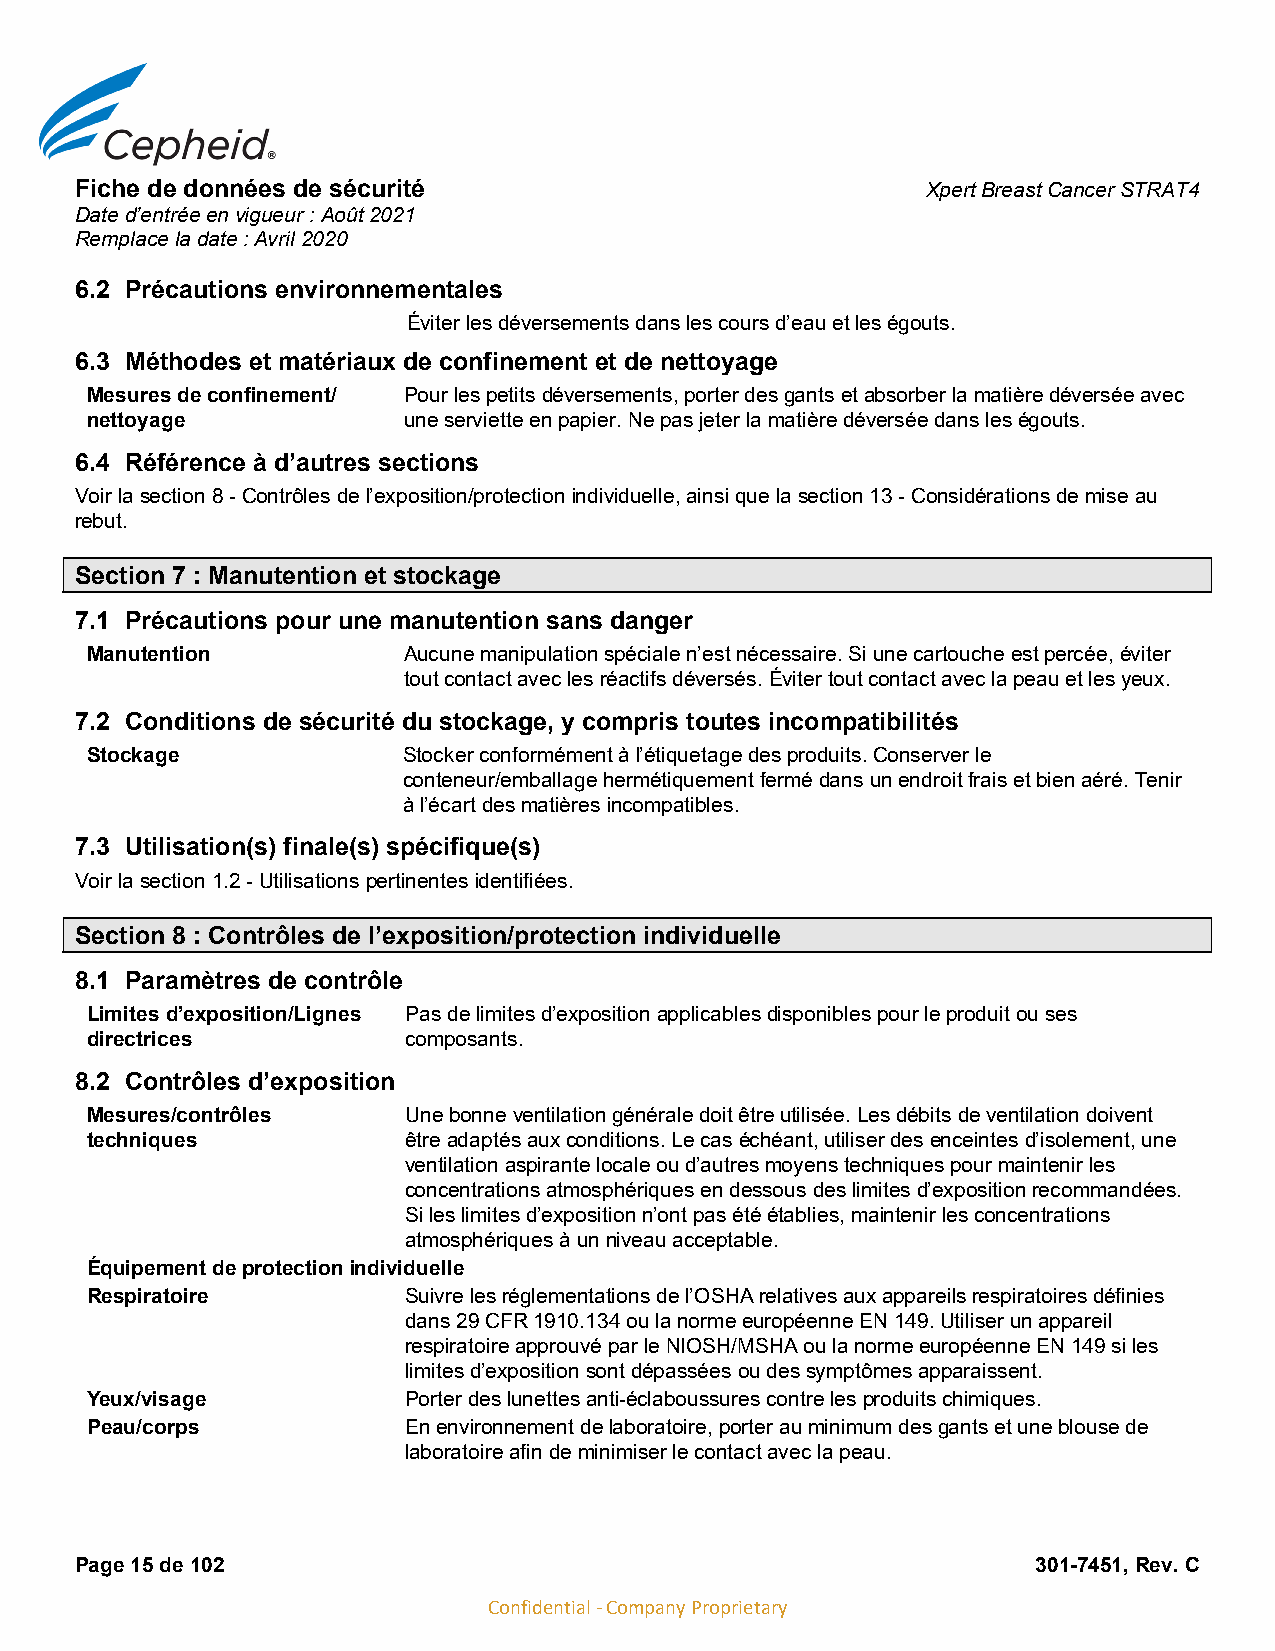
Fiche de données de sécurité                            Xpert Breast Cancer STRAT4
 Date d’entrée en vigueur : Août 2021
 Remplace la date : Avril 2020
 6.2 Précautions environnementales
 Éviter les déversements dans les cours d’eau et les égouts.
 6.3 Méthodes et matériaux de confinement et de nettoyage
 Mesures de confinement/ Pour les petits déversements, porter des gants et absorber la matière déversée avec
 nettoyage            une serviette en papier. Ne pas jeter la matière déversée dans les égouts.
 6.4 Référence à d’autres sections
 Voir la section 8 - Contrôles de l’exposition/protection individuelle, ainsi que la section 13 - Considérations de mise au
 rebut.
 Section 7 : Manutention et stockage
 7.1 Précautions pour une manutention sans danger
 Manutention          Aucune manipulation spéciale n’est nécessaire. Si une cartouche est percée, éviter
 tout contact avec les réactifs déversés. Éviter tout contact avec la peau et les yeux.
 7.2 Conditions de sécurité du stockage, y compris toutes incompatibilités
 Stockage             Stocker conformément à l’étiquetage des produits. Conserver le
 conteneur/emballage hermétiquement fermé dans un endroit frais et bien aéré. Tenir
 à l’écart des matières incompatibles.
 7.3 Utilisation(s) finale(s) spécifique(s)
 Voir la section 1.2 - Utilisations pertinentes identifiées.
 Section 8 : Contrôles de l’exposition/protection individuelle
 8.1 Paramètres de contrôle
 Limites d’exposition/Lignes Pas de limites d’exposition applicables disponibles pour le produit ou ses
 directrices          composants.
 8.2 Contrôles d’exposition
 Mesures/contrôles    Une bonne ventilation générale doit être utilisée. Les débits de ventilation doivent
 techniques           être adaptés aux conditions. Le cas échéant, utiliser des enceintes d’isolement, une
 ventilation aspirante locale ou d’autres moyens techniques pour maintenir les
 concentrations atmosphériques en dessous des limites d’exposition recommandées.
 Si les limites d’exposition n’ont pas été établies, maintenir les concentrations
 atmosphériques à un niveau acceptable.
 Équipement de protection individuelle
 Respiratoire         Suivre les réglementations de l’OSHA relatives aux appareils respiratoires définies
 dans 29 CFR 1910.134 ou la norme européenne EN 149. Utiliser un appareil
 respiratoire approuvé par le NIOSH/MSHA ou la norme européenne EN 149 si les
 limites d’exposition sont dépassées ou des symptômes apparaissent.
 Yeux/visage          Porter des lunettes anti-éclaboussures contre les produits chimiques.
 Peau/corps           En environnement de laboratoire, porter au minimum des gants et une blouse de
 laboratoire afin de minimiser le contact avec la peau.
 Page 15 de 102                                                  301-7451, Rev. C
 Confidential - Company Proprietary